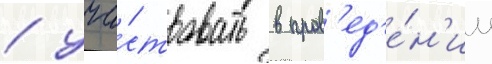
/ уча́ствовать в пров'ед'е́н'ии